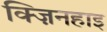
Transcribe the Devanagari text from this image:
क्ज़िनहाइ